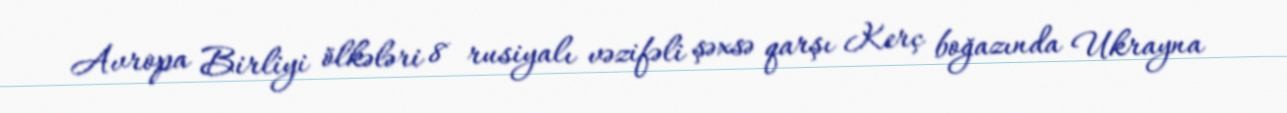
Avropa Birliyi ölkələri 8 rusiyalı vəzifəli şəxsə qarşı Kerç boğazında Ukrayna